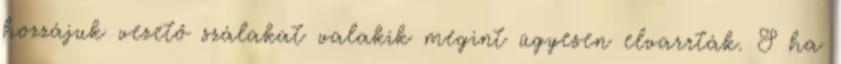
hozzájuk vezető szálakat valakik megint ügyesen elvarrták. S ha